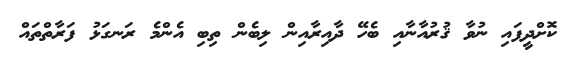
ކޮށްދީފައި ނުވާ ޤުރުއާނާއި ބެހޭ ދާއިރާއިން ލިބެން ތިބި އެންމެ ރަނގަޅު ފަރާތްތައް